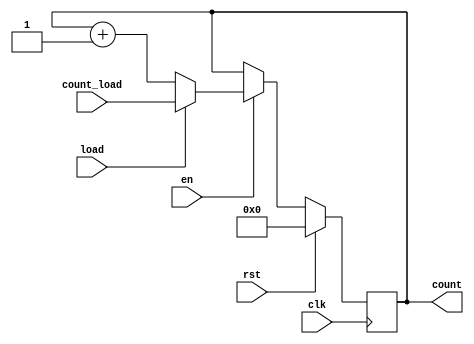
`timescale 1ns / 1ps

module count_reg #(parameter D_WIDTH = 8)
                  (input[D_WIDTH-1:0] count_load,
                   input en,
                   input load,
                   input rst,
                   input clk,
                   output reg[D_WIDTH-1:0] count);
                        
always@(posedge clk) begin
    if (rst) begin
        count <= 0;
    end
    else begin
        if (en) begin
            if (load) begin
                count <= count_load;
            end
            else begin
                count <= count + 1;
            end
         end
    end
end


endmodule